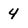
Character: 4